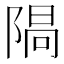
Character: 𨺷